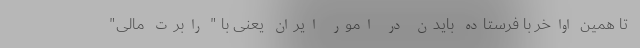
تا همین اواخر با فرستاده بایدن در امور ایران یعنی با " رابرت مالی"